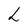
Character: L